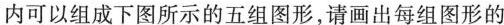
内可以组成下图所示的五组图形，请画出每组图形的